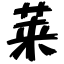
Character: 莱